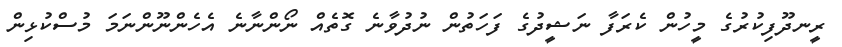
ރީނދޫފިކުރުގެ މީހުން ކެރަފާ ނަޝީދުގެ ފަހަތުން ނުދުވާނެ ގޮތެއް ނޯންނާނެ އެހެންނޫންނަމަ މުސްކުޅިން